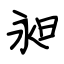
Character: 昶